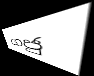
ගජු